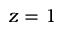
z = 1